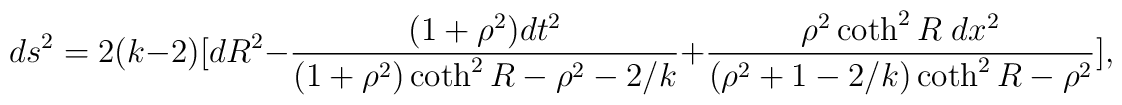
ds^2=2(k-2)[dR^2-\frac{(1+\rho^2)dt^2}{(1+\rho^2)\coth^2 R-\rho^2-2/k}+\frac{\rho^2\coth^2 R\;dx^2}{(\rho^2+1-2/k)\coth^2 R-\rho^2}],